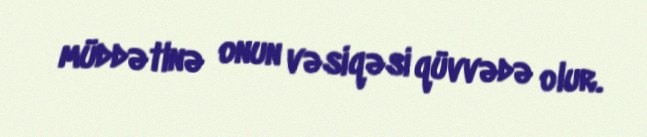
müddətinə onun vəsiqəsi qüvvədə olur.